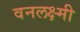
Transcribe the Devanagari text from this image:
वनलक्ष्मी